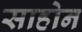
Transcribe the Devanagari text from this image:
साहोन